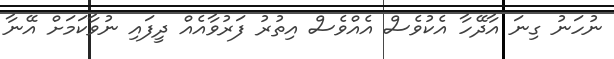
ނުހަނު ގިނަ އާދޭހާ އެކުވެސް އެއްވެސް އިތުރު ފަރުވާއެއް ދީފައި ނުވާކަމަށް އޭނާ